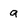
Character: g